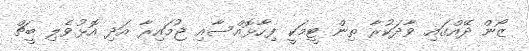
ޒޯން ދޭއްގައި ވާދަކުރާ ތިން ޓީމަކީ ފިހާޅޮއްސާއި ޖުމައިރާ އަދި އޮޅުވެލި ބީޗް